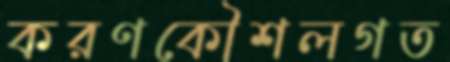
করণকৌশলগত